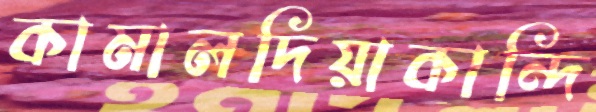
কামালদিয়াকান্দি